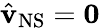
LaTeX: \hat{\mathbf{v}}_{\mathrm{NS}}=\mathbf{0}